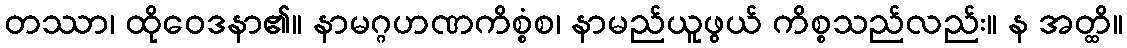
တဿာ၊ ထိုဝေဒနာ၏။ နာမဂ္ဂဟဏကိစ္စံစ၊ နာမည်ယူဖွယ် ကိစ္စသည်လည်း။ န အတ္ထိ။